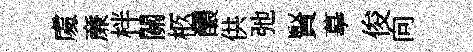
䖏亷柈關柩醲供弛賢摹俊向